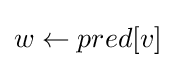
w\gets pred[v]